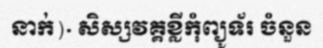
នាក់)· សិស្សវគ្គខ្លីកុំព្យូទ័រ ចំនួន